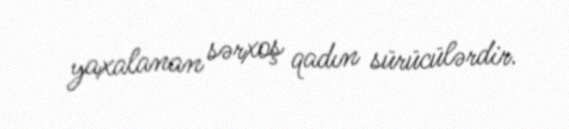
yaxalanan sərxoş qadın sürücülərdir.